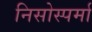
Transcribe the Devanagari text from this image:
निसोस्पर्मा